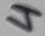
Text: 4